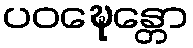
ပဝဍ္ဎေန္တော